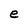
Character: e